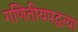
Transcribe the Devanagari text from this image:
गणितीयपद्धत्या